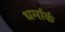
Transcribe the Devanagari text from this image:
धर्मार्क